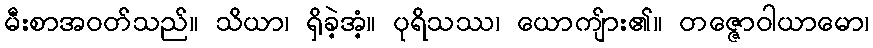
မီးစာအဝတ်သည်။ သိယာ၊ ရှိခဲ့အံ့။ ပုရိသဿ၊ ယောကျ်ား၏။ တဇ္ဇောဝါယာမော၊